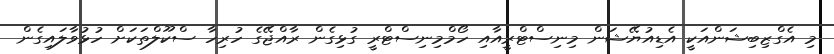
މި އެގްޒިބިޝަންއަކީ އެޑިއުޔޭޝަން މިނިސްޓްރީއާއި ހޯމްމިނިސްޓްރީ ގުޅިގެން ރާއްޖޭގެ ހުރިހާ ސްކޫލްތަކަށް ހުޅުވާލައިގެން